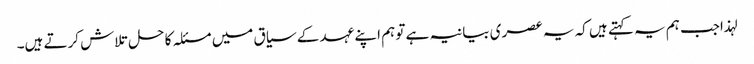
لہذاجب ہم یہ کہتے ہیں کہ یہ عصری بیانیہ ہے تو ہم اپنے عہد کے سیاق میں مسئلہ کا حل تلاش کرتے ہیں۔